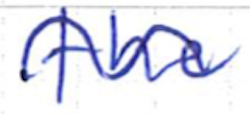
Text: the
Cross-out: wave
Writing tool: ballpoint